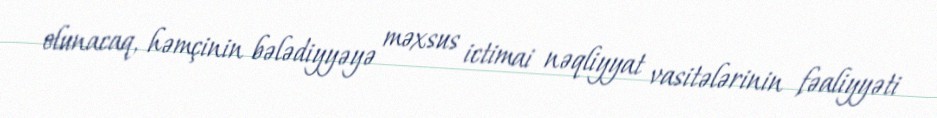
olunacaq, həmçinin bələdiyyəyə məxsus ictimai nəqliyyat vasitələrinin fəaliyyəti